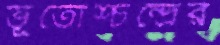
ভূতোশ্চন্দ্রের